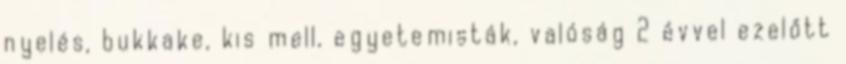
nyelés, bukkake, kis mell, egyetemisták, valóság 2 évvel ezelőtt